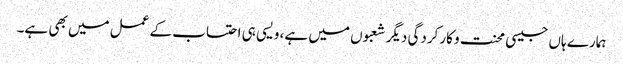
ہمارے ہاں جیسی محنت و کارکردگی دیگر شعبوں میں ہے، ویسی ہی احتساب کے عمل میں بھی ہے۔